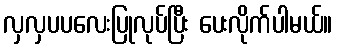
လှလှပပလေးပြုလုပ်ပြီး ပေးလိုက်ပါမယ်။